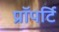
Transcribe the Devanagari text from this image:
प्रॉपर्टि